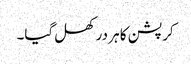
کرپشن کا ہر در کھل گیا۔